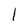
Character: 1